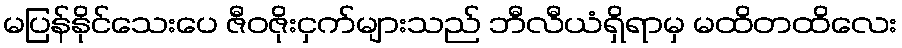
မပြန်နိုင်သေးပေ ဇီဝဇိုးငှက်များသည် ဘီလီယံရှိရာမှ မထိတထိလေး